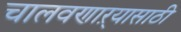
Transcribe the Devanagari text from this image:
चालवणाऱ्यासाठी